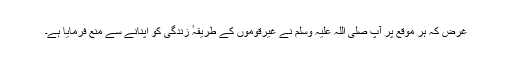
غرض کہ ہر موقع پر آپ صلی اللہ علیہ وسلم نے غیرقوموں کے طریقہٴ زندگی کو اپنانے سے منع فرمایا ہے۔